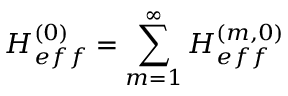
H _ { e f f } ^ { ( 0 ) } = \sum _ { m = 1 } ^ { \infty } H _ { e f f } ^ { ( m , 0 ) }